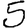
Digit: 5